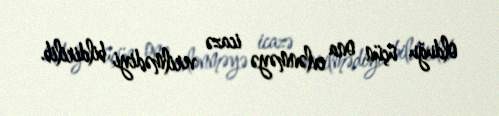
olduğu üçün ona evlənməyə icazə verilmədiyi bildirilib.